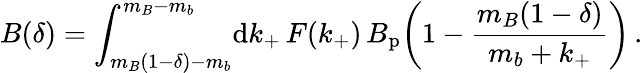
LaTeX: B(\delta)=\int_{m_{B}(1-\delta)-m_{b}}^{m_{B}-m_{b}}\! \mathrm{d}k_{+}\, F(k_{+})\, B_{\mathrm{p}}\! \left(1-\frac{m_{B}(1-\delta)}{m_{b}+k_{+}}\right)\, .